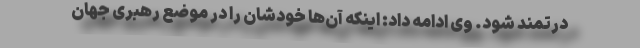
درتمند شود. وی ادامه داد: اینکه آن‌ها خودشان را در موضع رهبری جهان